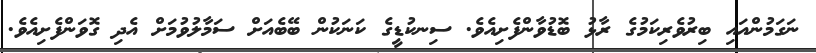
ނަގަމުންއައި ބިރުވެރިކަމުގެ ރާޅު ބޮޑުވާންފެށިއެވެ. ސިނކުޑީގެ ކަނަކުން ބޭބެއަށް ސަމާލުވުމަށް އެދި ގޮވަންފެށިއެވެ.